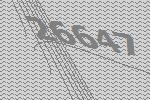
26647